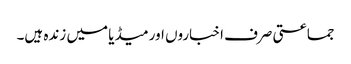
جماعتی صرف اخباروں اور میڈیا میں زندہ ہیں۔